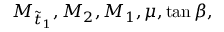
M _ { \tilde { t } _ { 1 } } , M _ { 2 } , M _ { 1 } , \mu , \tan \beta ,